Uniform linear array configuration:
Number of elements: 16
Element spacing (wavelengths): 1
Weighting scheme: blackman
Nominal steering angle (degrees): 30
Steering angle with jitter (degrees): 30.114
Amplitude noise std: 0.05
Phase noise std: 0.05

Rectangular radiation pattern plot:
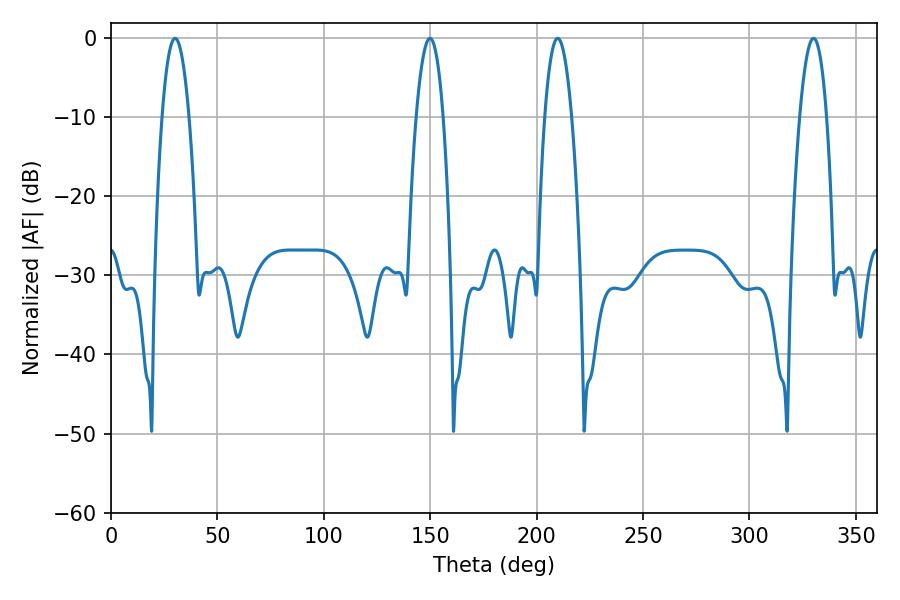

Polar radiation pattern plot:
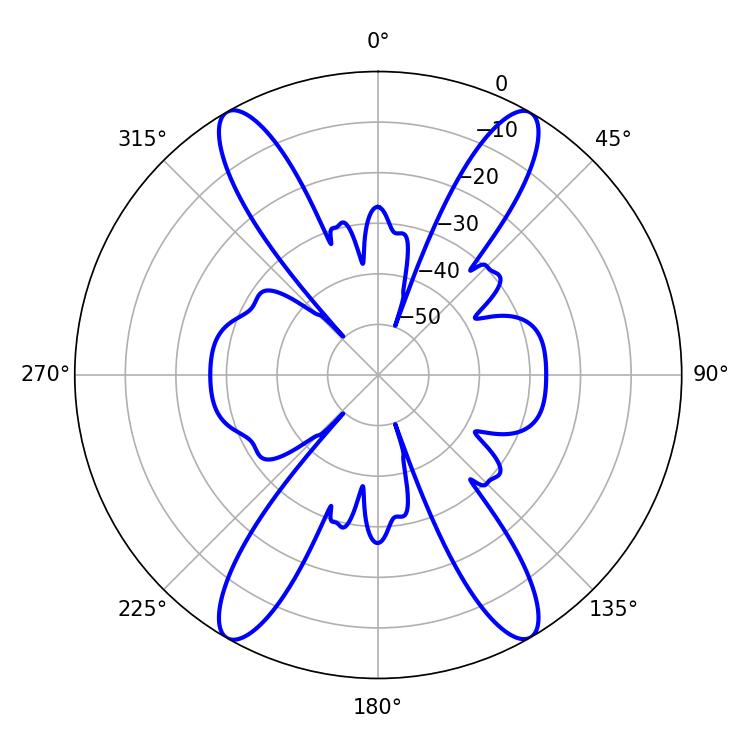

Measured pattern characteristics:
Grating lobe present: TRUE
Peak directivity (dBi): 32.125
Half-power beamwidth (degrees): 7.02
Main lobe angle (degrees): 209.88